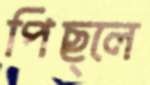
পিছ্‌লে